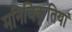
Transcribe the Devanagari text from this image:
मनिविकृतियां